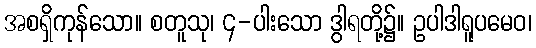
အစရှိကုန်သော။ စတူသု၊ ၄-ပါးသော ဒွါရတို့၌။ ဥပါဒါရူပမေဝ၊